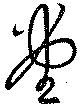
堂